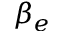
\beta _ { e }